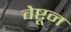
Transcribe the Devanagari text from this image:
वेष्टून